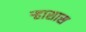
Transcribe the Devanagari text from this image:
ऱ्हासास